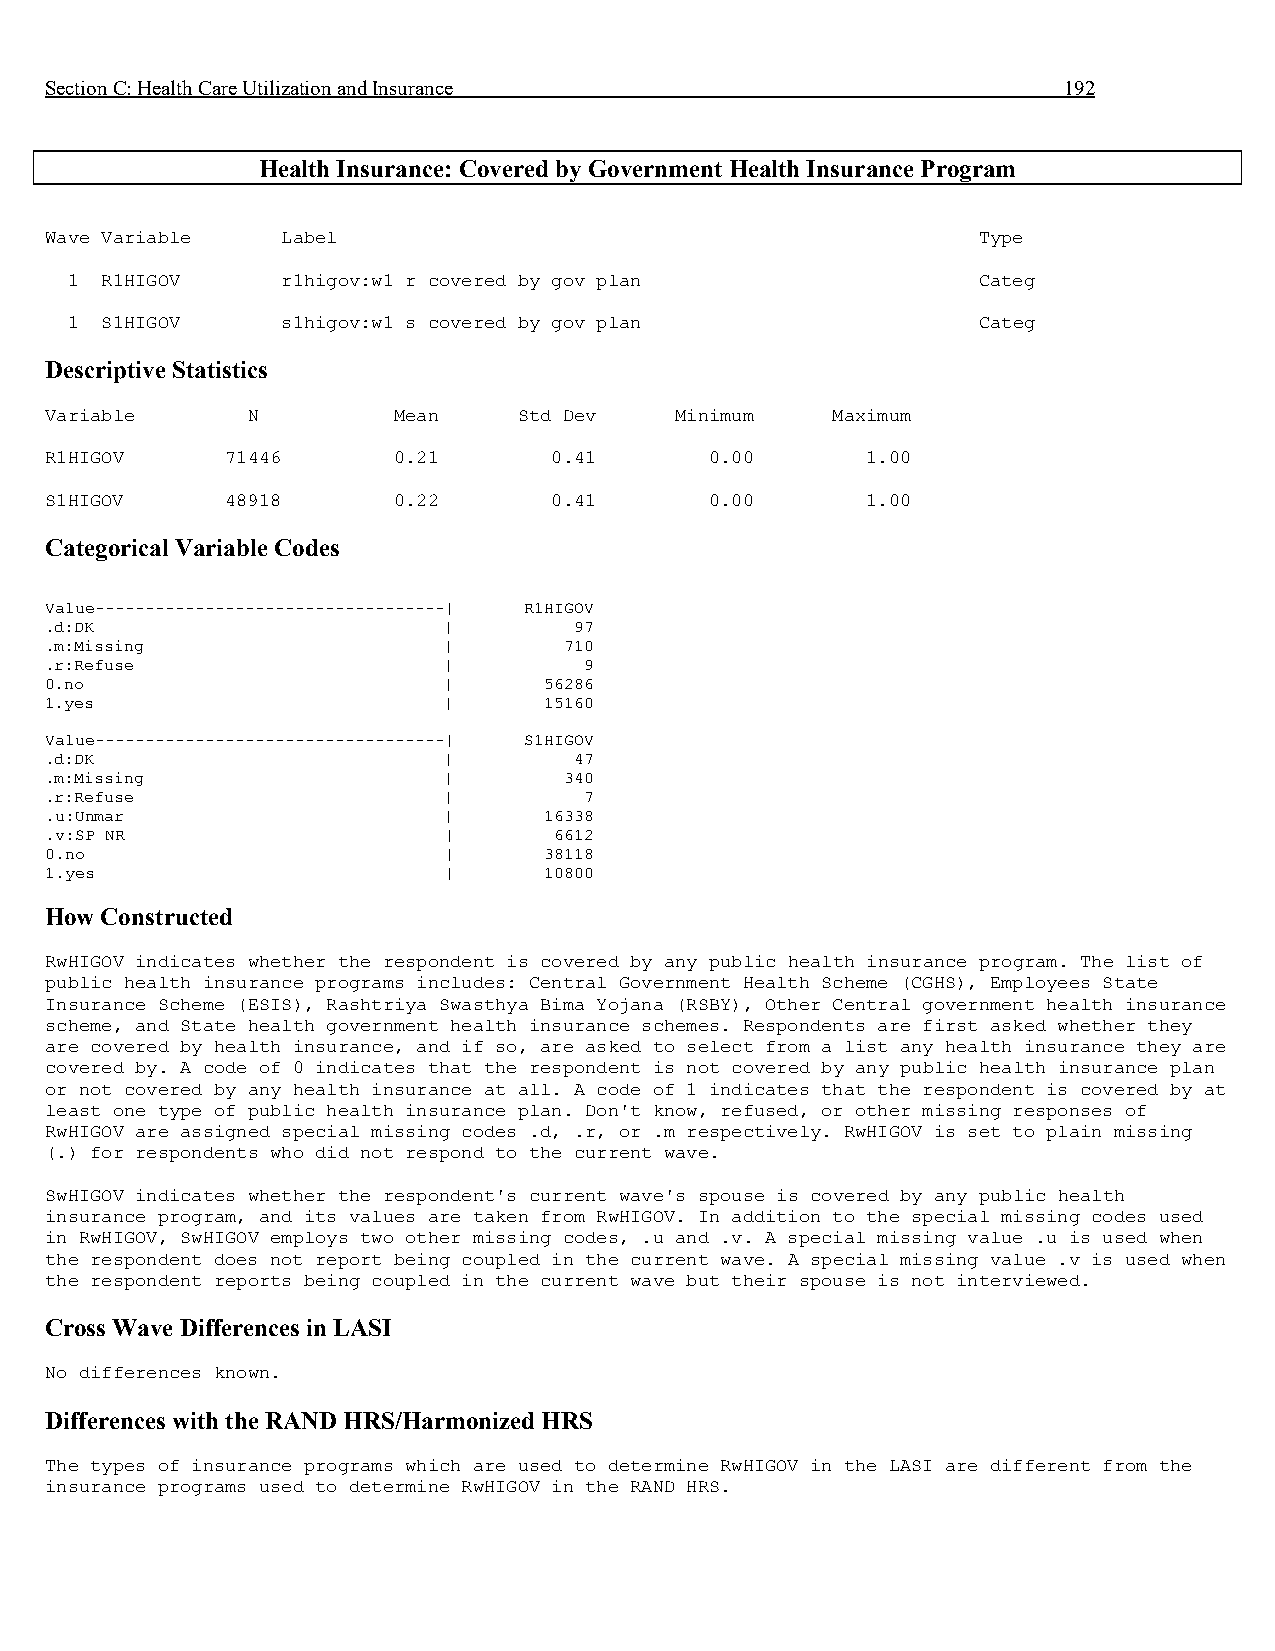
Section C: Health Care Utilization and Insurance                   192
 Health Insurance: Covered by Government Health Insurance Program
 Wave Variable   Label                                         Type
 1  R1HIGOV     r1higov:w1 r covered by gov plan              Categ
 1  S1HIGOV     s1higov:w1 s covered by gov plan              Categ
 Descriptive Statistics
 Variable     N         Mean    Std Dev    Minimum   Maximum
 R1HIGOV     71446      0.21      0.41       0.00      1.00
 S1HIGOV     48918      0.22      0.41       0.00      1.00
 Categorical Variable Codes
 Value-----------------------------------| R1HIGOV
 .d:DK                     |        97
 .m:Missing                |       710
 .r:Refuse                 |         9
 0.no                      |      56286
 1.yes                     |      15160
 Value-----------------------------------| S1HIGOV
 .d:DK                     |        47
 .m:Missing                |       340
 .r:Refuse                 |         7
 .u:Unmar                  |      16338
 .v:SP NR                  |       6612
 0.no                      |      38118
 1.yes                     |      10800
 How Constructed
 RwHIGOV indicates whether the respondent is covered by any public health insurance program. The list of
 public health insurance programs includes: Central Government Health Scheme (CGHS), Employees State
 Insurance Scheme (ESIS), Rashtriya Swasthya Bima Yojana (RSBY), Other Central government health insurance
 scheme, and State health government health insurance schemes. Respondents are first asked whether they
 are covered by health insurance, and if so, are asked to select from a list any health insurance they are
 covered by. A code of 0 indicates that the respondent is not covered by any public health insurance plan
 or not covered by any health insurance at all. A code of 1 indicates that the respondent is covered by at
 least one type of public health insurance plan. Don't know, refused, or other missing responses of
 RwHIGOV are assigned special missing codes .d, .r, or .m respectively. RwHIGOV is set to plain missing
 (.) for respondents who did not respond to the current wave.
 SwHIGOV indicates whether the respondent's current wave's spouse is covered by any public health
 insurance program, and its values are taken from RwHIGOV. In addition to the special missing codes used
 in RwHIGOV, SwHIGOV employs two other missing codes, .u and .v. A special missing value .u is used when
 the respondent does not report being coupled in the current wave. A special missing value .v is used when
 the respondent reports being coupled in the current wave but their spouse is not interviewed.
 Cross Wave Differences in LASI
 No differences known.
 Differences with the RAND HRS/Harmonized HRS
 The types of insurance programs which are used to determine RwHIGOV in the LASI are different from the
 insurance programs used to determine RwHIGOV in the RAND HRS.